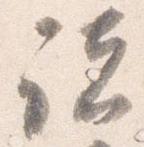
諸